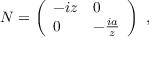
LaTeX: { \cal N } = \left( \begin{array} { l l } { { - i z } } & { { 0 } } \\ { { 0 } } & { { - \frac { i a } { z } } } \end{array} \right) \ ,